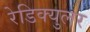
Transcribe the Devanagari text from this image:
रेडिक्युलर